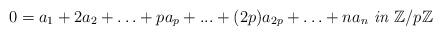
LaTeX: \begin{align*}0= a_{1}+2a_{2}+\ldots+pa_{p}+...+(2p)a_{2p}+\ldots+ na_{n} \textit{ in } \mathbb{Z}/p\mathbb{Z}\end{align*}